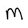
Character: M